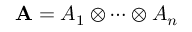
\mathbf { A } = A _ { 1 } \otimes \cdots \otimes A _ { n }